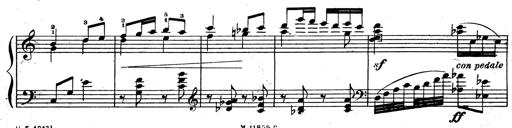
Title: 3 Sonatinas for Piano
Composer: Vissarion Shebalin